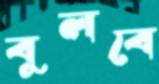
বুলবে